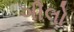
ગીલો